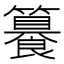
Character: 𥶉